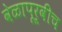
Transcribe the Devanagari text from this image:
वेळापूर्वीच